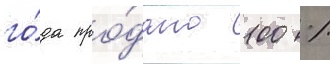
го́да про́дано 100 %